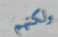
ولكنهم